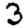
Digit: 3